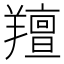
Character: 羶